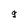
Character: 9